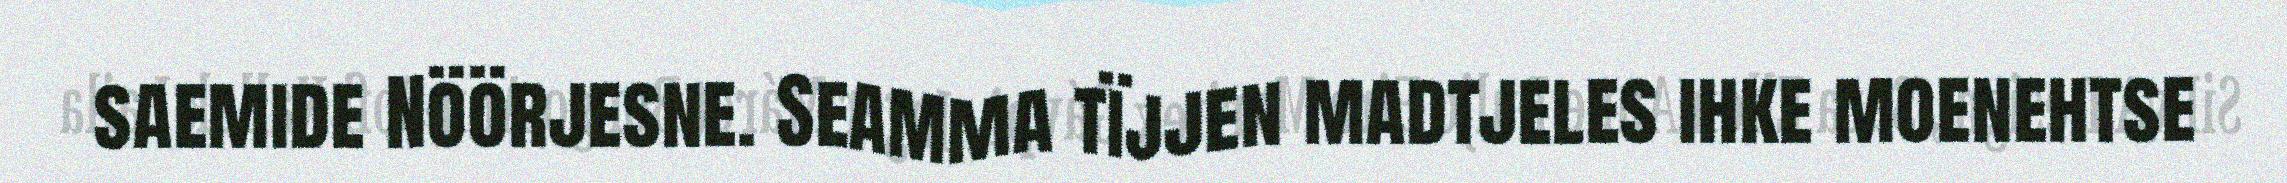
saemide Nöörjesne. Seamma tïjjen madtjeles ihke moenehtse